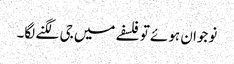
نوجوان ہوئے تو فلسفے میں جی لگنے لگا۔